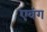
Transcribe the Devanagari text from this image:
एवंग